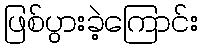
ဖြစ်ပွားခဲ့ကြောင်း